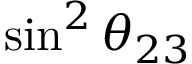
\sin ^ { 2 } \theta _ { 2 3 }